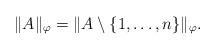
LaTeX: \begin{align*}\|A\|_\varphi=\|A\setminus \{1,\ldots,n\}\|_\varphi.\end{align*}